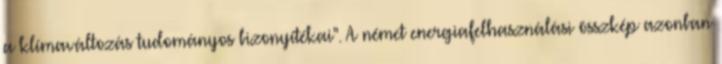
a klímaváltozás tudományos bizonyítékai". A német energiafelhasználási összkép azonban